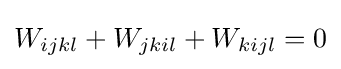
W_{ijkl}+W_{jkil}+W_{kijl}=0